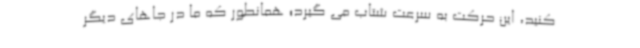
کنید، این حرکت به سرعت شتاب می گیرد؛ همانطور که ما در جاهای دیگر